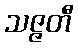
သဇ္ဇတီ